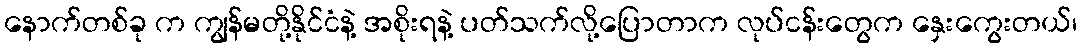
နောက်တစ်ခု က ကျွန်မတို့နိုင်ငံနဲ့ အစိုးရနဲ့ ပတ်သက်လို့ပြောတာက လုပ်ငန်းတွေက နှေးကွေးတယ်၊